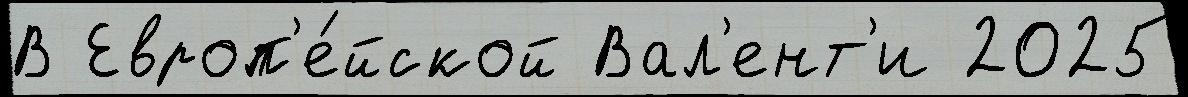
В Европ'е́йской Вал'ент'и 2025